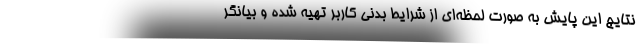
نتایج این پایش به صورت لحظه‌ای ‌از شرایط بدنی کاربر تهیه شده و بیانگر